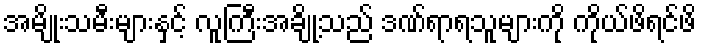
အမျိုးသမီးများနှင့် လူကြီးအချို့သည် ဒဏ်ရာရသူများကို ကိုယ်ဖိရင်ဖိ